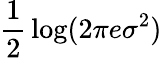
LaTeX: {\frac{1}{2}}\log(2\pi e\sigma^{2})